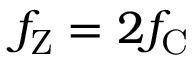
f _ { \mathrm { Z } } = 2 f _ { \mathrm { C } }